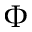
\Phi